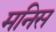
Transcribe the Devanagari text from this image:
मनिस